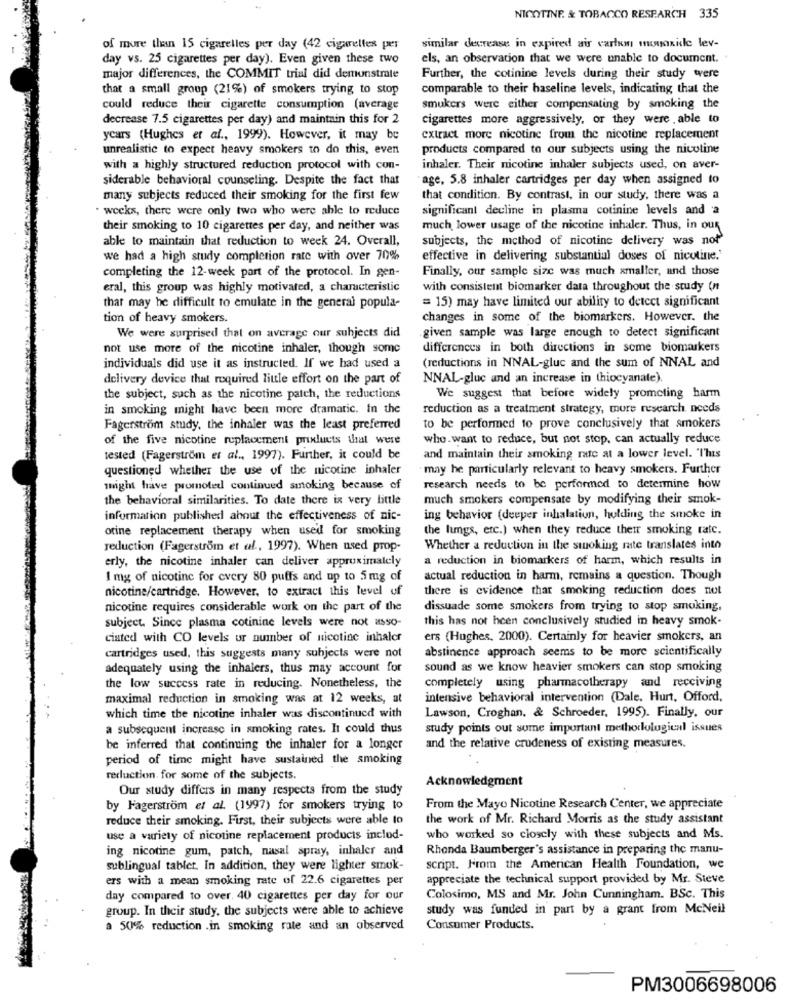
NICOTINE. & TOBACCO RESPARCH 335
of more than 15 cigarelles per day (42 cigarettes per
similar decrease in expired air carbon monoxide lev-
day vs. 25 cigarettes per day). Even given these two
els, an observation that we were unable to document.
major differences, the COMMIT trial did demonstrate
Further, the cotinine levels during their study tvere
that a small group (21%) of smokers trying to stop
comparable to their baseline levels, indicating that the
could reduce their cigarette consumption (average
smukers were either compensating by smoking the
decrease 7.5 cigarettes per day) and maintain this for 2
cigarettes more aggressively, or they were . able to
years (Hughes et al ., 1999). However, it may be
extract more nicotine from the nicotine replacement
unrealistic to expect heavy smokers to do this, even
products compared to our subjects using the nicoline
with a highly structured reduction protocol with con-
inhaler. Their nicotine inhaler subjects used, on aver-
siderable behavioral counseling. Despite the fact that
age, 5.8 inhaler cartridges per day when assigned to
many subjects reduced their smoking for the first few
that condition. By contrast, in our study, there was a
weeks, there were only two who were able to reduce
significant decline in plasma cotinine levels and a
their smoking to 10 cigarettes per day, and neither was
much lower usage of the nicotine inhaler. Thus, in our
able to maintain that reduction to week 24. Overall,
subjects, the method of nicotine delivery was not
we had a high study completion rate with over 70%
effective in delivering substantial doses of nicotine.'
completing the 12-week part of the protocol. In gen-
Finally, our sample size was much smaller, and those
eral, this group was highly motivated, a characteristic
with consistent biomarker data throughout the study (nt
thar may he difficult to emulate in the general popula-
= 15) may have limited our ability to detect significant
tion of heavy smokers.
changes in some of the biomarkers. However. the
given sample was large enough to detect significant
We were surprised that on average our subjects did
not use more of the nicotine inhaler, though some
differences in both directions in some biomarkers
individuals did use it as instructed. If we had used a
(reductions in NNAL-gluc and the sum of NNAL and
delivery device that required little effort on the part of
NNAL-gluc and an increase in thiocyanate).
the subject, such as the nicotine patch, the reductions
We suggest that before widely promoting harm
in smoking might have been more dramatic. in the
reduction as a treatment strategy, mure research needs
Fagerström study, the inhaler was the least preferred
to be performed to prove conclusively that smokers
of the five nicotine replacement prixluets that were
who. want to reduce, but not stop, can actually reduce
tested (Fagerström et al ., 1997). Further, it could be
and maintain their smoking rate at a lower level. "This
questioned whether the use of the nicotine inhaler
may he particularly relevant to heavy smokers. Further
might have promoted continued smoking because of
research needs to be performed to determine how
the behavioral similarities. To date there is very little
much smokers compensate by modifying their smok-
information published about the effectiveness of nic-
ing behavior (deeper inhalation, holding the smoke in
otine replacement therapy when used for smoking
the limgs, etc.) when they reduce their smoking ratc.
reduction (Fagerstrom et al ., 1997). When used prop-
Whether a reduction in the smoking rate translates into
erly, the nicotine inhaler can deliver approximately
a reduction in biomarkers of harm, which results in
1 mg of nicotine for cvery 80 puffs and up to 5 mg of
actual reduction in harm, remains a question. Though
nicotine/cartridge. However, to extract this level of
there is evidence that smoking reduction does not
nicotine requires considerable work on the part of the
dissuade some smokers from trying to stop smoking,
subject. Since plasma cotinine levels were not asso-
this has not heen conclusively studied in heavy smok-
ciated with CO levels ur number of nicotine inhaler
ers (Hughes, 2000). Certainly for heavier smokers, an
abstinence approach seems to be more scientifically
cartridges used, this suggests many subjects were not
adequately using the inhalers, thus may account for
sound as we know heavier smokers can stop smoking
completely using pharmacotherapy and receiving
the low success rate in reducing. Nonetheless, the
maximal reduction in smoking was at 12 weeks, at
intensive behavioral intervention (Dale. Hurt, Offord,
Lawson, Croghan, & Schroeder, 1995). Finally, our
which time the nicotine inhaler was discontinued with
a subsequent increase in smoking rates. It could thus
study points out some important methodological issues
be inferred that continuing the inhaler for a longer
and the relative crudeness of existing measures.
period of time might have sustained the smoking
reduction. for some of the subjects.
Acknowledgment
Our study differs in many respects from the study
by Fagerstrom et al. (1997) for smokers trying to
From the Mayo Nicotine Research Center, we appreciate
reduce their smoking. First, their subjects were able to
the work of Mr. Richard Morris as the study assistant
use a variety of nicotine replacement products inclod-
who worked so closely with these subjects and Ms.
ing nicotine gum, patch, nasal spray, inhaler and
Rhonda Baumberger's assistance in preparing the manu-
sublingual tablet. In addition, they were lighter smok-
script. From the American Health Foundation, we
ers with a mean smoking rate of 22.6 cigarettes per
appreciate the technical support provided by Mr. Steve
day compared to over. 40 cigarettes per day for our
Colosimo, MS and Mr. John Cunningham. BSc. This
group. In their study, the subjects were able to achieve
study was funded in part by a grant from McNeil
a 50% reduction .in smoking rate and an observed
Consumer Products.
PM3006698006